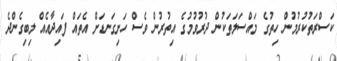
ކަސްރަތުކުރުމުން ހިތުގެ މައްސަލަތަކުން ދުރުވުމުގެ އިތުރުން ވެސް ހަށިގަނޑަށް އެތައް ފައިދާއެއް ލިބިގެންދެ